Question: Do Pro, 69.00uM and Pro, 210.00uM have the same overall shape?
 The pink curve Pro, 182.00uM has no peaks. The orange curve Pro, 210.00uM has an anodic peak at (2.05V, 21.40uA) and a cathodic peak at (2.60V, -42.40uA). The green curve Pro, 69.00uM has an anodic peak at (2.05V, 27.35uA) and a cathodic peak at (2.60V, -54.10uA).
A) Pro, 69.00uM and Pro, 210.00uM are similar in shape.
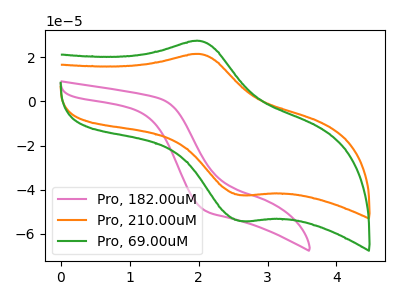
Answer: <think>All the peaks in "Pro, 69.00uM" have a peak in "Pro, 210.00uM" at the same potential. Every peak in "Pro, 69.00uM" is higher than every peak in "Pro, 210.00uM".
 </think>
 <answer>A) "Pro, 69.00uM" and "Pro, 210.00uM" are similar in shape.</answer>
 <eval>A</eval>